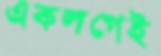
একলগেই